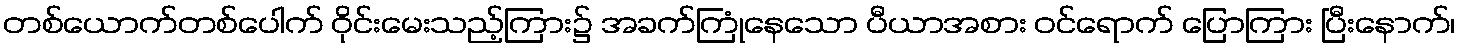
တစ်ယောက်တစ်ပေါက် ဝိုင်းမေးသည့်ကြား၌ အခက်ကြုံနေသော ပီယာအစား ဝင်ရောက် ပြောကြား ပြီးနောက်၊